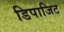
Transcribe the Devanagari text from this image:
डिपाजिट